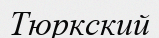
Тюркский